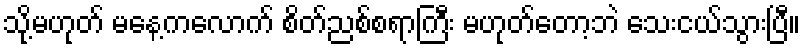
သို့မဟုတ် မနေ့ကလောက် စိတ်ညစ်စရာကြီး မဟုတ်တော့ဘဲ သေးငယ်သွားပြီ။